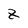
Character: Z